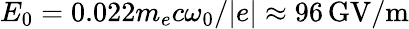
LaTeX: E_{0}=0.022m_{e}c\omega_{0}/|e|\approx 96\, \mathrm{GV/m}